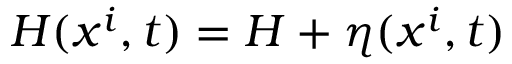
{ \cal H } ( x ^ { i } , t ) = H + \eta ( x ^ { i } , t )